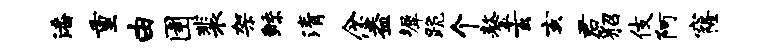
潘重由圉裴架鲧清念益墀跪个鏊玄亥君貂伎阿窿